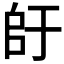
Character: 𫡚